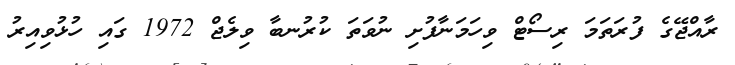
ރާއްޖޭގެ ފުރަތަމަ ރިސޯޓް ވިހަމަނާފުށި ނުވަތަ ކުރުނބާ ވިލެޖް 1972 ގައި ހުޅުވިއިރު